Indian journal of veterinary science and animal husbandry - Volumes 28-29, 1958-1959
Year: 1958
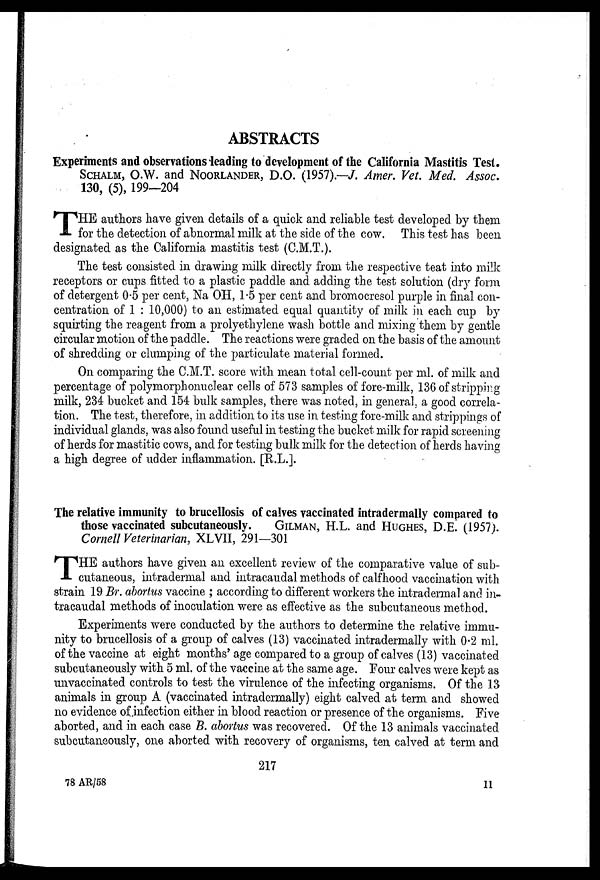
ABSTRACTS
Experiments and observations leading to development of the California Mastitis Test.
SCHALM, O.W. and NOORLANDER, D.O. (1957).—J. Amer. Vet. Med. Assoc.
130, (5), 199—204
T HE authors have given details of a quick and reliable test developed by them
for the detection of abnormal milk at the side of the cow. This test has been
designated as the California mastitis test (C.M.T.).
The test consisted in drawing milk directly from the respective teat into milk
receptors or cups fitted to a plastic paddle and adding the test solution (dry form
of detergent 0.5 per cent, Na OH, 1.5 per cent and bromocresol purple in final con-
centration of 1 : 10,000) to an estimated equal quantity of milk in each cup by
squirting the reagent from a prolyethylene wash bottle and mixing them by gentle
circular motion of the paddle. The reactions were graded on the basis of the amount
of shredding or clumping of the particulate material formed.
On comparing the C.M.T. score with mean total cell-count per ml. of milk and
percentage of polymorphonuclear cells of 573 samples of fore-milk, 136 of stripping
milk, 234 bucket and 154 bulk samples, there was noted, in general, a good correla-
tion. The test, therefore, in addition to its use in testing fore-milk and strippings of
individual glands, was also found useful in testing the bucket milk for rapid screening
of herds for mastitic cows, and for testing bulk milk for the detection of herds having
a high degree of udder inflammation. [R.L.].
The relative immunity to brucellosis of calves vaccinated intradermally compared to
those vaccinated subcutaneously. GILMAN, H.L. and HUGHES, D.E. (1957).
Cornell Veterinarian, XLVII, 291—301
T HE authors have given an excellent review of the comparative value of sub-
cutaneous, intradermal and intracaudal methods of calfhood vaccination with
strain 19 Br. abortus vaccine ; according to different workers the intradermal and in-
tracaudal methods of inoculation were as effective as the subcutaneous method.
Experiments were conducted by the authors to determine the relative immu-
nity to brucellosis of a group of calves (13) vaccinated intradermally with 0.2 ml.
of the vaccine at eight months' age compared to a group of calves (13) vaccinated
subcutaneously with 5 ml. of the vaccine at the same age. Four calves were kept as
unvaccinated controls to test the virulence of the infecting organisms. Of the 13
animals in group A (vaccinated intradermally) eight calved at term and showed
no evidence of infection either in blood reaction or presence of the organisms. Five
aborted, and in each case B. abortus was recovered. Of the 13 animals vaccinated
subcutaneously, one aborted with recovery of organisms, ten calved at term and
217
78 AR/58
11